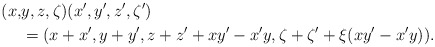
\begin{align*}(x,&y,z,\zeta)(x',y',z',\zeta') \\&=(x+x',y+y',z+z'+xy'-x'y,\zeta+\zeta'+\xi(xy'-x'y)).\end{align*}